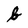
Character: b